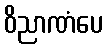
ဝိညာဏံပေ